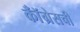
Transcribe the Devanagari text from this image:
कॉँग्रेसची